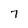
Character: 7